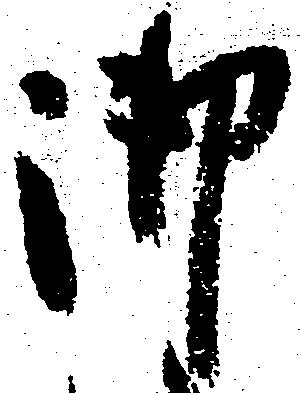
御